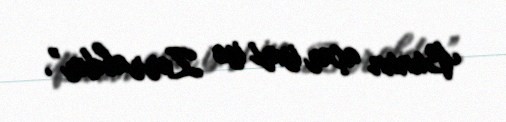
Bunun açar ismi isə Zərrabdır”.